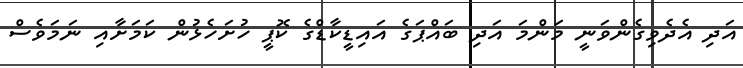
އަދި އެދެވިގެންވަނީ މަންމަ އަދި ބައްޕަގެ އައިޑީކާޑްގެ ކޮޮޕީ ހުށަހެޅުން ކަމަށާއި ނަމަވެސް